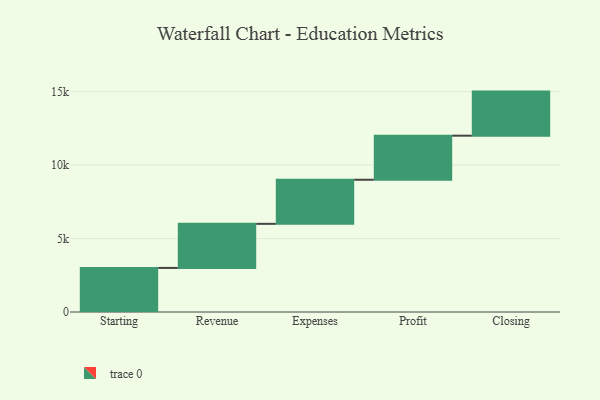
{"axis": {"x": "Step", "y": "Value"}, "legend": [""], "data": [{"x": "Starting", "y": 3000, "type": ""}, {"x": "Revenue", "y": 3000, "type": ""}, {"x": "Expenses", "y": 3000, "type": ""}, {"x": "Profit", "y": 3000, "type": ""}, {"x": "Closing", "y": 3000, "type": ""}]}